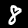
Digit: 8